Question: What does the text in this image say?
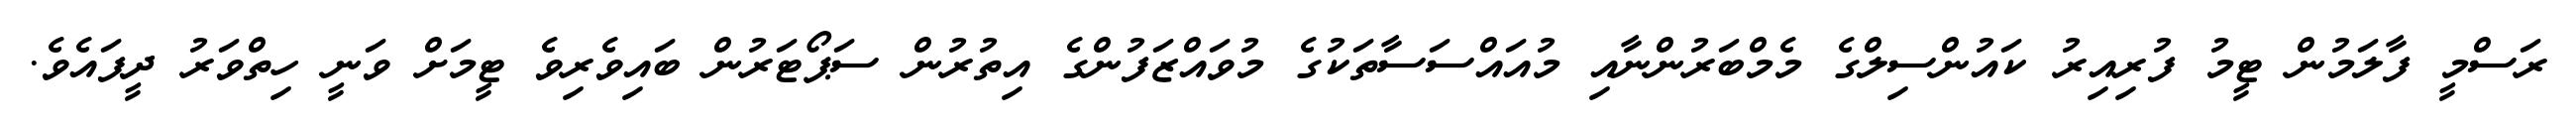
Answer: ރަސްމީ ފާލަމުން ޓީމު ފުރިއިރު ކައުންސިލްގެ މެމްބަރުންނާއި މުއައްސަސާތަކުގެ މުވައްޒަފުންގެ އިތުރުން ސަޕޯޓަރުން ބައިވެރިވެ ޓީމަށް ވަނީ ހިތްވަރު ދީފައެވެ.